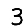
Digit: 3